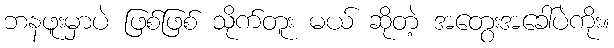
ဘနဖူးမှာပဲ ဖြစ်ဖြစ် သိုက်တူး မယ် ဆိုတဲ့ အတွေးအခေါ်ပဲကိုး။